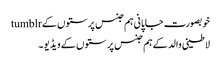
خوبصورت جاپانی ہم جنس پرستوں کے tumblr
لاطینی والد کے ہم جنس پرستوں کے ویڈیو۔